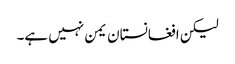
لیکن افغانستان یمن نہیں ہے۔